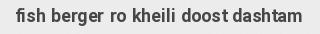
fish berger ro kheili doost dashtam